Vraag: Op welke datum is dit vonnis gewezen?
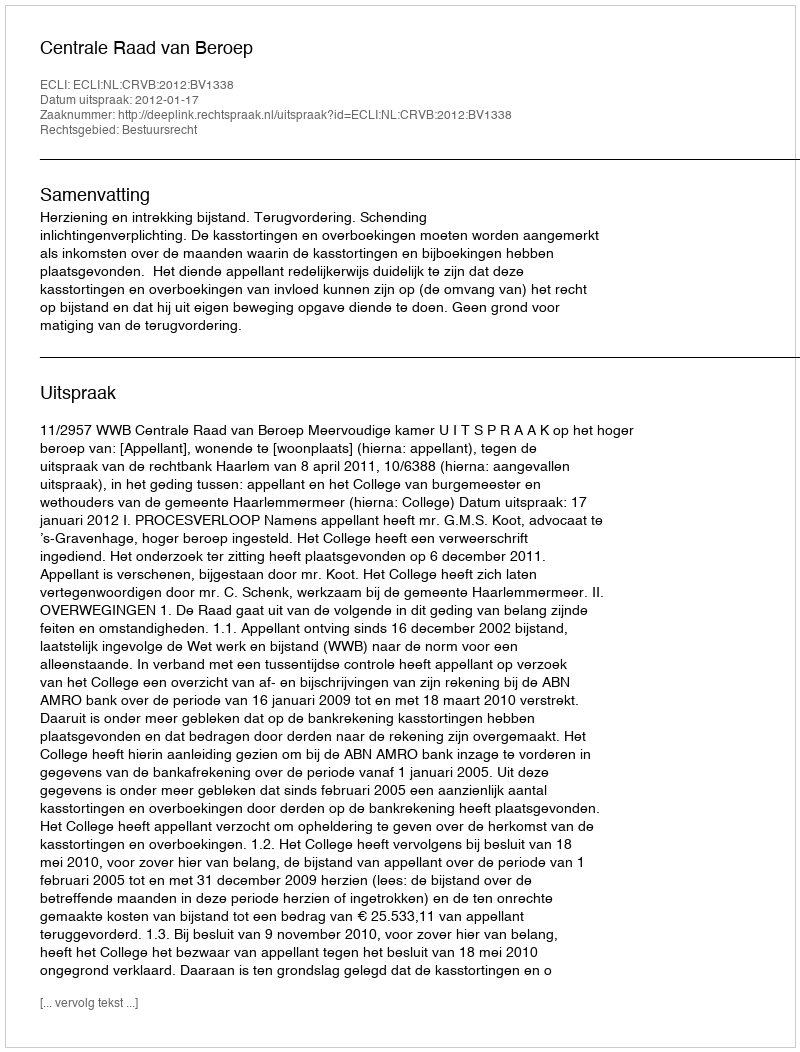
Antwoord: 2012-01-17